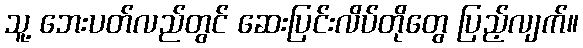
သူ့ ဘေးပတ်လည်တွင် ဆေးပြင်းလိပ်တိုတွေ ပြည့်လျက်။